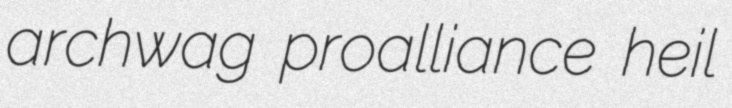
archwag proalliance heil